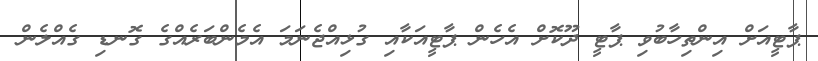
ޕާޓީއަށް އިންތިހާބުވި ޕާޓީ ދޫކޮށް އެހެން ޕާޓީއަކާއި ގުޅިއްޖެނަމަ އެމެންބަރެއްގެ ގޮނޑި ގެއްލެން